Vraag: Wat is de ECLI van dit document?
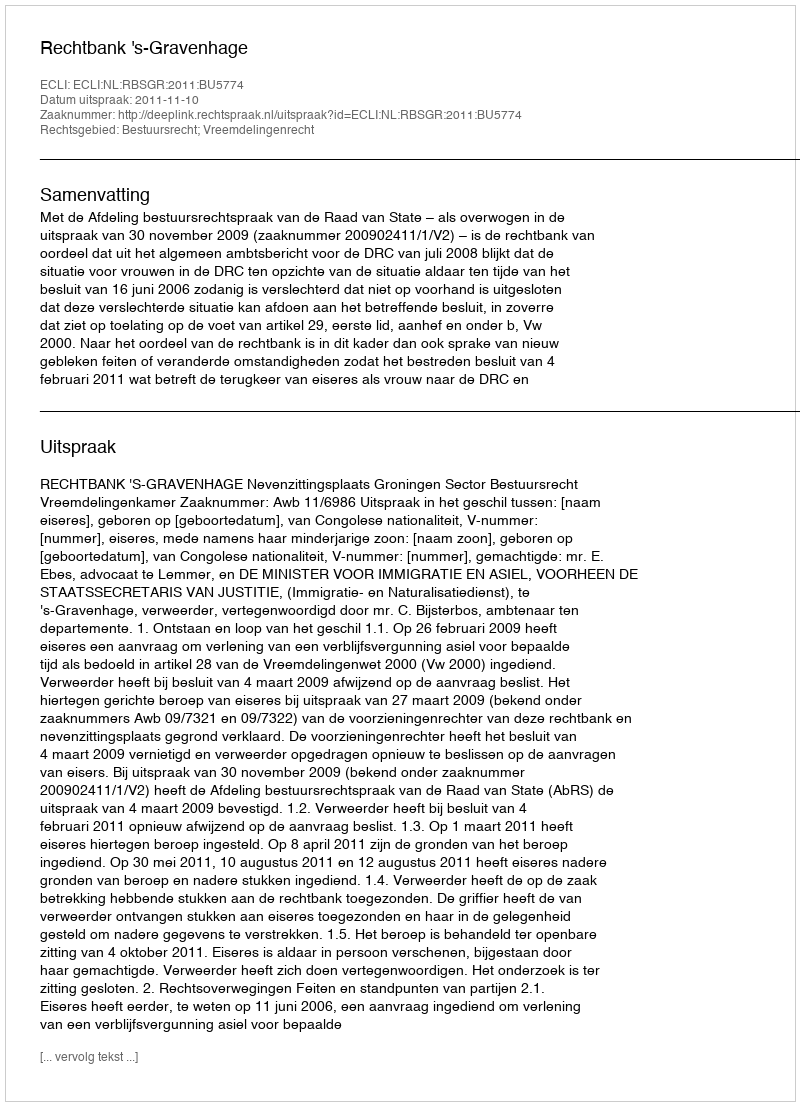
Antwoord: ECLI:NL:RBSGR:2011:BU5774